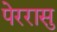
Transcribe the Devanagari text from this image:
पेररासु